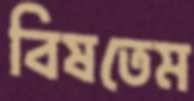
বিষতেম